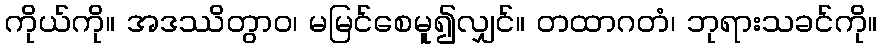
ကိုယ်ကို။ အဒဿိတွာဝ၊ မမြင်စေမူ၍လျှင်။ တထာဂတံ၊ ဘုရားသခင်ကို။